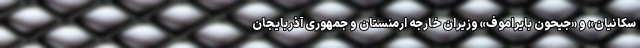
سکانیان» و «جیحون بایراموف» وزیران خارجه ارمنستان و جمهوری آذربایجان